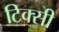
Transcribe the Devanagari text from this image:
टिक्सी